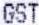
GST